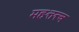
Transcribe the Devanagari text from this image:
महत्तत्त्व